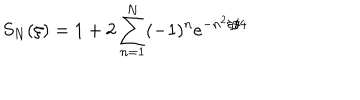
LaTeX: S _ { N } ( \xi ) = 1 + 2 \sum _ { n = 1 } ^ { N } ( - 1 ) ^ { n } e ^ { - n ^ { 2 } \xi / 4 }